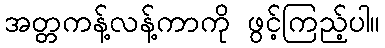
အတ္တကန့်လန့်ကာကို ဖွင့်ကြည့်ပါ။